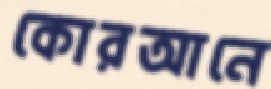
কোরআনে